Annual administration report of the Civil Veterinary Department, Ajmere-Merwara, British Rajputana - 1914-1940
Year: 1914
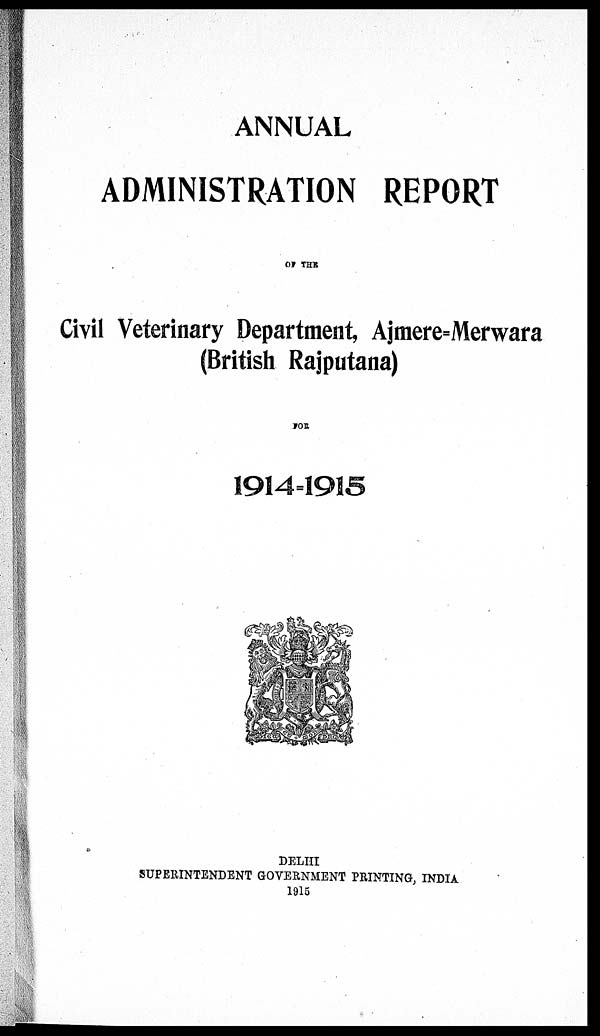
ANNUAL
ADMINISTRATION REPORT
OF THE
Civil Veterinary Department, Ajmere=Merwara
(British Rajputana)
FOR
1914-1915
DELHI
SUPERINTENDENT GOVERNMENT PRINTING, INDIA
1915